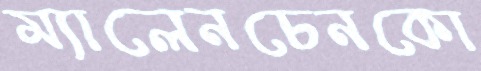
ম্যালেনচেনকো